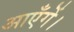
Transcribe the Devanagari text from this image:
आएँगें।